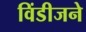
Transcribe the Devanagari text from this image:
विंडीजने